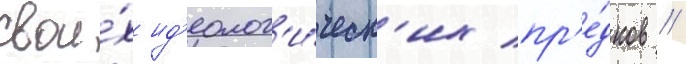
свои́х ид'еолог'и́ческ'их пр'е́дков //